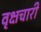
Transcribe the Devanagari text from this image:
वृक्षचारी